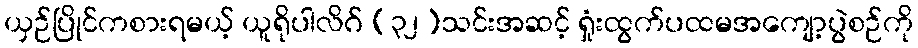
ယှဉ်ပြိုင်ကစားရမယ့် ယူရိုပါလိဂ် (၃၂)သင်းအဆင့် ရှုံးထွက်ပထမအကျော့ပွဲစဉ်ကို